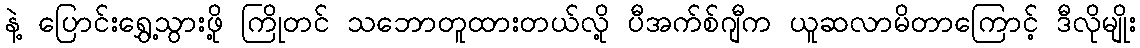
နဲ့ ပြောင်းရွှေ့သွားဖို့ ကြိုတင် သဘောတူထားတယ်လို့ ပီအက်စ်ဂျီက ယူဆလာမိတာကြောင့် ဒီလိုမျိုး